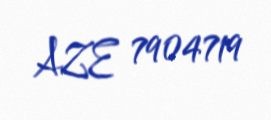
AZE 7904719